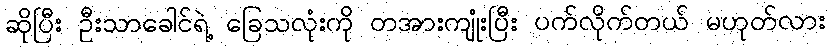
ဆိုပြီး ဦးသာခေါင်ရဲ့ ခြေသလုံးကို တအားကျုံးပြီး ပက်လိုက်တယ် မဟုတ်လား